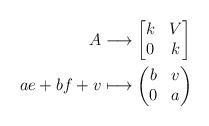
LaTeX: \begin{align*}A & \longrightarrow\begin{bmatrix}k & V\\0 & k\end{bmatrix}\\ae+bf+v & \longmapsto \begin{pmatrix}b & v\\0 & a\end{pmatrix}\end{align*}